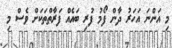
މި އަންނަ އަހަރު ދާން ފޯމު ފުރި ބައެއް ފަރާތްތަކަށް ވެސް މި